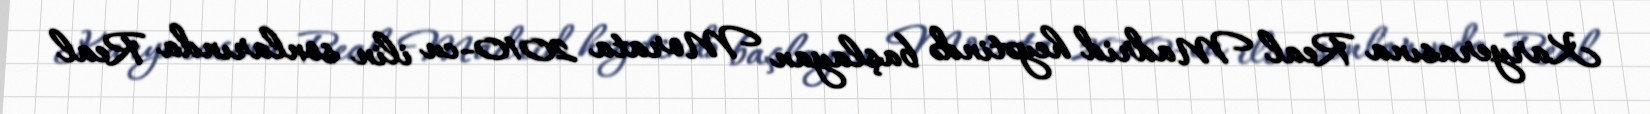
Karyerasına Real Madrid heyətində başlayan Morata 2010-cu ilin sonlarında Real